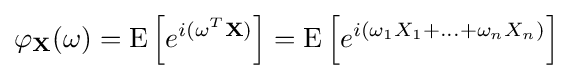
\varphi _{\mathbf {X} }(\mathbf {\omega } )=\operatorname {E} \left[e^{i(\mathbf {\omega } ^{T}\mathbf {X} )}\right]=\operatorname {E} \left[e^{i(\omega _{1}X_{1}+\ldots +\omega _{n}X_{n})}\right]